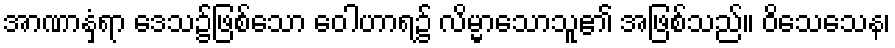
အာဏာနှံ့ရာ ဒေသ၌ဖြစ်သော ဝေါဟာရ၌ လိမ္မာသောသူ၏ အဖြစ်သည်။ ဝိသေသေန၊